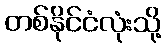
တစ်နိုင်ငံလုံးသို့